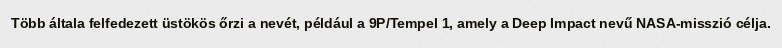
Több általa felfedezett üstökös őrzi a nevét, például a 9P/Tempel 1, amely a Deep Impact nevű NASA-misszió célja.